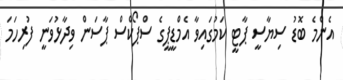
އެންމެ ބޮޑު ސިޔާސީ ޕާޓީ ކަމުގައިވާ އެމްޑީޕީގެ ސްޕޯކްސް ޕާސަން ވިދާޅުވަނީ ފުރިހަމަ